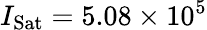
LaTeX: I_{\mathrm{Sat}}=5.08\times 10^{5}